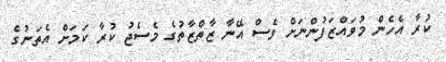
ކުރާ އެހެން މުވައްޒަފުންނަށް ވެސް އޭނާ ޒާތްޒާތުގެ މެސެޖު ކުރާ ކަމަށް އެތަނުގެ